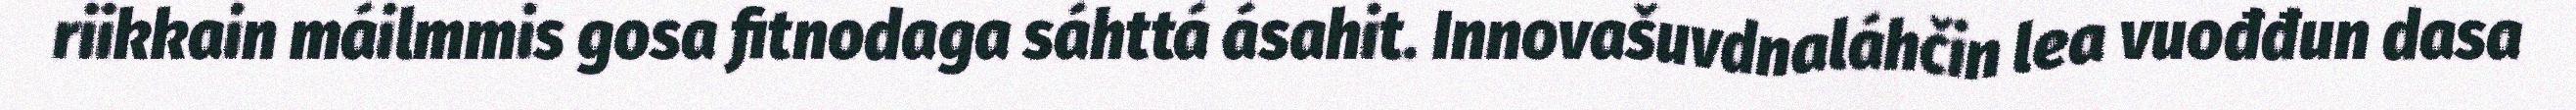
riikkain máilmmis gosa fitnodaga sáhttá ásahit. Innovašuvdnaláhčin lea vuođđun dasa